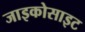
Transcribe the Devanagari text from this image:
जाइकोसाइट